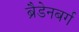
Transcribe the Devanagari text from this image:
ब्रैडेनबर्ग